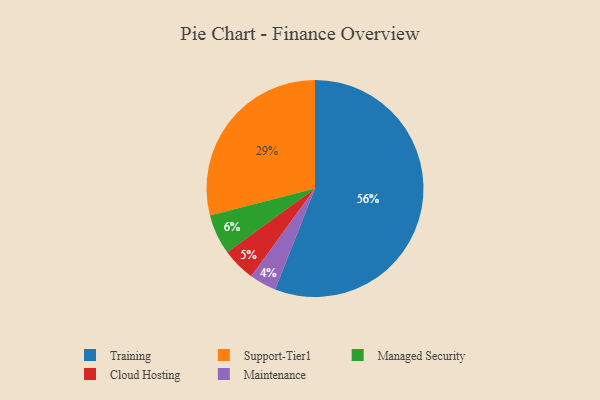
{"axis": {"x": "Category", "y": "Percentage"}, "legend": ["Cloud Hosting", "Maintenance", "Managed Security", "Support-Tier1", "Training"], "data": [{"x": "Cloud Hosting", "y": 5, "type": "Cloud Hosting"}, {"x": "Training", "y": 56, "type": "Training"}, {"x": "Support-Tier1", "y": 29, "type": "Support-Tier1"}, {"x": "Managed Security", "y": 6, "type": "Managed Security"}, {"x": "Maintenance", "y": 4, "type": "Maintenance"}]}